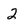
Character: 2